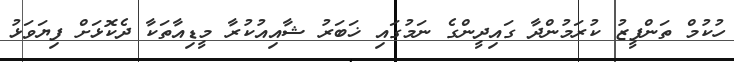
ހުކުމް ތަންފީޒު ކުރަމުންދާ ގައިދީންގެ ނަމުގައި ޚަބަރު ޝާއިއުކުރާ މީޑިއާތަކާ ދެކޮޅަށް ފިޔަވަޅު